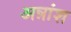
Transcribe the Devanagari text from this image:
अन्नांश